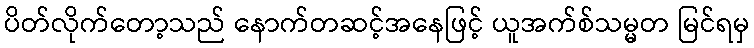
ပိတ်လိုက်တော့သည် နောက်တဆင့်အနေဖြင့် ယူအက်စ်သမ္မတ မြင်ရမှ